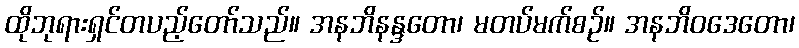
ထိုဘုရားရှင်တပည့်တော်သည်။ အနဘိနန္ဒတော၊ မတပ်မက်စဉ်။ အနဘိဝဒေတော၊